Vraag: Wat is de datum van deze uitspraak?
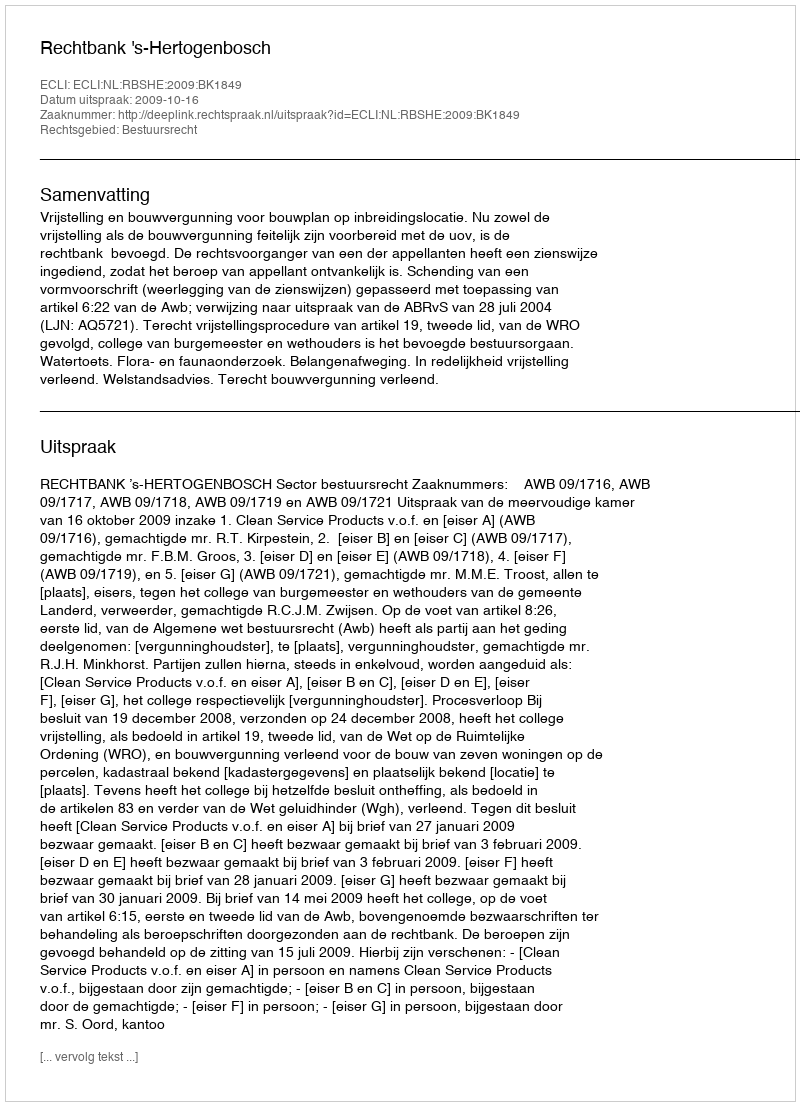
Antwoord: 2009-10-16